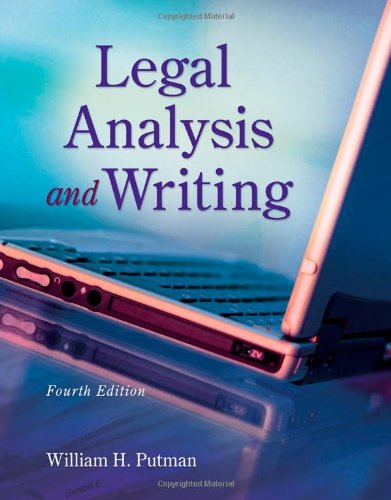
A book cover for Legal Analysis and Writing; William H. Putman; Law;